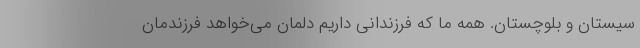
سیستان و بلوچستان. همه ما که فرزندانی داریم دلمان می‌خواهد فرزندمان